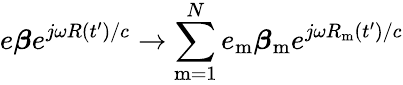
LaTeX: e\boldsymbol{\beta}e^{j\omega R(t^{\prime})/c}\rightarrow\sum_{\mathrm{m=1}}^{N}e_{\mathrm{m}}\boldsymbol{\beta}_{\mathrm{m}}e^{j\omega R_{\mathrm{m}}(t^{\prime})/c}